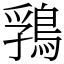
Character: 䳕